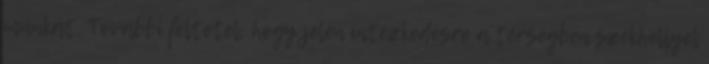
munkát. További feltétel, hogy jelen intézkedésre a térségben székhellyel